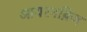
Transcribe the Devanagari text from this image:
आयरनब्रिज